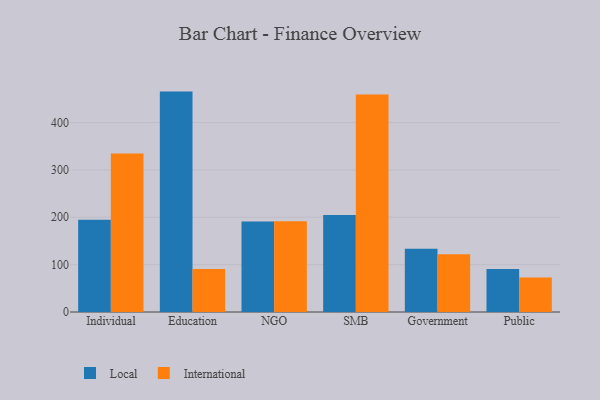
{"axis": {"x": "Segment", "y": "Churn Rate (%)"}, "legend": ["International", "Local"], "data": [{"x": "Individual", "y": 194.5, "type": "Local"}, {"x": "Individual", "y": 334.8, "type": "International"}, {"x": "Education", "y": 465.3, "type": "Local"}, {"x": "Education", "y": 90.9, "type": "International"}, {"x": "NGO", "y": 191.1, "type": "Local"}, {"x": "NGO", "y": 191.5, "type": "International"}, {"x": "SMB", "y": 205.0, "type": "Local"}, {"x": "SMB", "y": 459.4, "type": "International"}, {"x": "Government", "y": 133.5, "type": "Local"}, {"x": "Government", "y": 121.8, "type": "International"}, {"x": "Public", "y": 90.7, "type": "Local"}, {"x": "Public", "y": 72.9, "type": "International"}]}